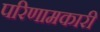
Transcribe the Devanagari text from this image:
परिणामकारी